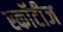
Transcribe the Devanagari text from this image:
स्कॉटीज